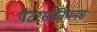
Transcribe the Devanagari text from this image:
पैटरसोनियनस